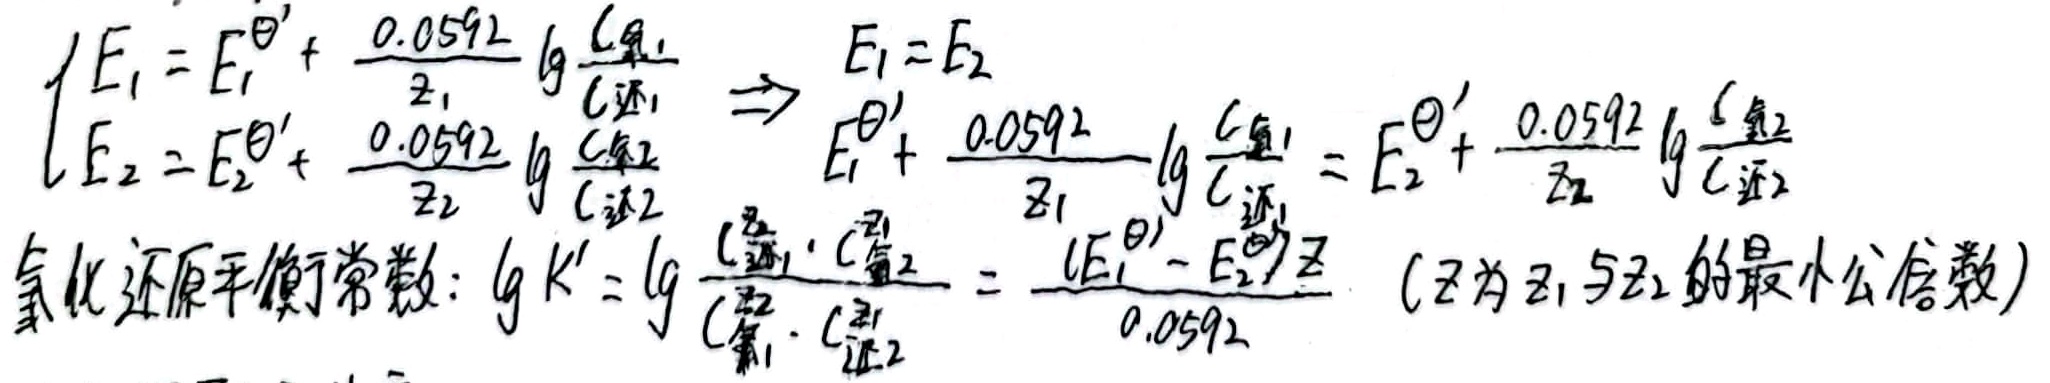
\[\begin{cases}
E_{1}=E_{1}^{\ominus '}+\frac{0.0592}{z_{1}}\lg\frac{c_{\text{氧}_1}}{c_{\text{还}_1}}\\
E_{2}=E_{2}^{\ominus '}+\frac{0.0592}{z_{2}}\lg\frac{c_{\text{氧}_2}}{c_{\text{还}_2}}
\end{cases}\Rightarrow E_{1}=E_{2}\Rightarrow E_{1}^{\ominus '}+\frac{0.0592}{z_{1}}\lg\frac{c_{\text{氧}_1}}{c_{\text{还}_1}}=E_{2}^{\ominus '}+\frac{0.0592}{z_{2}}\lg\frac{c_{\text{氧}_2}}{c_{\text{还}_2}}
\]
氧化还原平衡常数：\(\lg K'=\lg\frac{c_{\text{还}_1}^{z_2}\cdot c_{\text{氧}_2}^{z_1}}{c_{\text{氧}_1}^{z_2}\cdot c_{\text{还}_2}^{z_1}}=\frac{(E_{1}^{\ominus '}-E_{2}^{\ominus '})z}{0.0592}\) （\(z\)为 \(z_1\)与 \(z_2\)的最小公倍数）